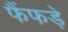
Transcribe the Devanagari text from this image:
फैंफड़े